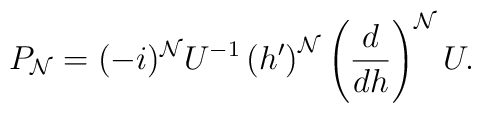
P_{\cal N}=(-i)^{\cal N} U^{-1}\left(h'\right)^{\cal N}\left(\frac{d}{dh}\right)^{\cal N}U.